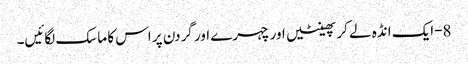
8-ایک انڈہ لے کر پھینٹیں اور چہرے اور گردن پر اس کا ماسک لگائیں۔